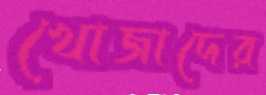
খোজাদের